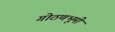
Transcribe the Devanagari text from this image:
गोठणभूमी